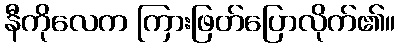
နီကိုလေက ကြားဖြတ်ပြောလိုက်၏။